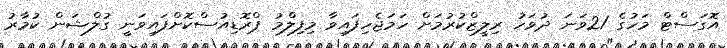
އޮގަސްޓް މަހުގެ 21ވަނަ ދުވަހު ރިލީޒްކުރުމަށް ހަމަޖެހިފައިވާ މިފިލްމު ޕްރޮޑިއުސްކޮށްފައިވަނީ ގުލްޝަން ކުމާރު